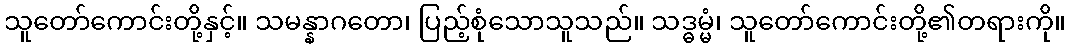
သူတော်ကောင်းတို့နှင့်။ သမန္နာဂတော၊ ပြည့်စုံသောသူသည်။ သဒ္ဓမ္မံ၊ သူတော်ကောင်းတို့၏တရားကို။